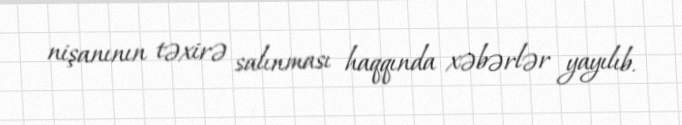
nişanının təxirə salınması haqqında xəbərlər yayılıb.